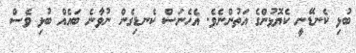
ބުޅި ކެނޑޭނީ ކެޔޮޅުންގެ އަތުންނެވެ. އެހެނަސް ކެނޑިގެން ނުވާނެ ބައެއް ބުޅި ވެސް